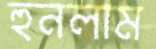
হুনলাম